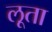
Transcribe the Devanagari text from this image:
लूता